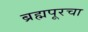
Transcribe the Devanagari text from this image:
ब्रह्मपूरचा